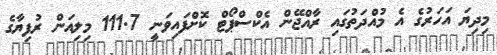
މިދިޔަ އަހަރުގެ އެ މުއްދަތުގައި ރާއްޖޭން އެކްސްޕޯޓް ކޮށްފައިވަނީ 111.7 މިލިއަން ރުފިޔާގެ